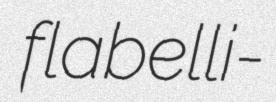
flabelli-